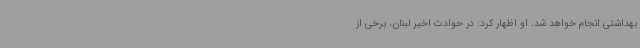
بهداشتی انجام خواهد شد. او اظهار کرد: در حوادث اخیر لبنان، برخی از